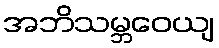
အဘိသမ္ဘဝေယျ